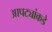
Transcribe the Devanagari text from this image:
आपट्यांकडे